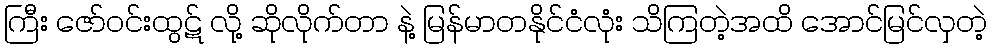
ကြီး ဇော်ဝင်းထွဋ် လို့ ဆိုလိုက်တာ နဲ့ မြန်မာတနိုင်ငံလုံး သိကြတဲ့အထိ အောင်မြင်လှတဲ့